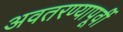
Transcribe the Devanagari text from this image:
अवतरण्यापूर्वी